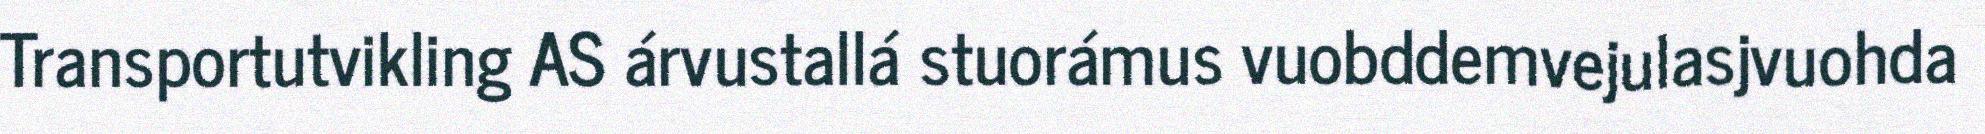
Transportutvikling AS árvustallá stuorámus vuobddemvejulasjvuohda